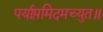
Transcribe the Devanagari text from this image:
पर्याप्तमिदमच्युत॥